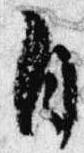
自